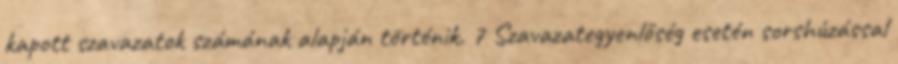
kapott szavazatok számának alapján történik. 7 Szavazategyenlőség esetén sorshúzással